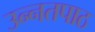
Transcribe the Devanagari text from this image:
उन्नतपाठ